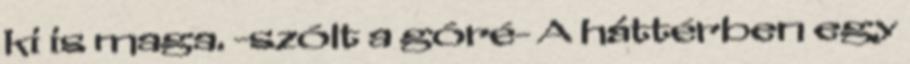
ki is maga. -szólt a góré- A háttérben egy